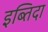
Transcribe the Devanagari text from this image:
इब्तिदा